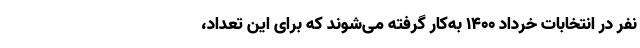
نفر در انتخابات خرداد ۱۴۰۰ به‌کار گرفته می‌شوند که برای این تعداد،